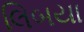
લિબયા